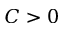
C > 0